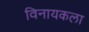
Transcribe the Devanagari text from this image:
विनायकला